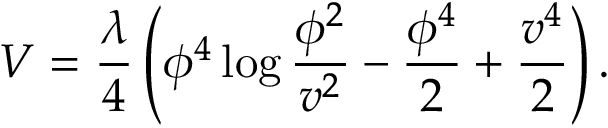
V = { \frac { \lambda } { 4 } } \left( \phi ^ { 4 } \log { \frac { \phi ^ { 2 } } { v ^ { 2 } } } - { \frac { \phi ^ { 4 } } { 2 } } + { \frac { v ^ { 4 } } { 2 } } \right) .